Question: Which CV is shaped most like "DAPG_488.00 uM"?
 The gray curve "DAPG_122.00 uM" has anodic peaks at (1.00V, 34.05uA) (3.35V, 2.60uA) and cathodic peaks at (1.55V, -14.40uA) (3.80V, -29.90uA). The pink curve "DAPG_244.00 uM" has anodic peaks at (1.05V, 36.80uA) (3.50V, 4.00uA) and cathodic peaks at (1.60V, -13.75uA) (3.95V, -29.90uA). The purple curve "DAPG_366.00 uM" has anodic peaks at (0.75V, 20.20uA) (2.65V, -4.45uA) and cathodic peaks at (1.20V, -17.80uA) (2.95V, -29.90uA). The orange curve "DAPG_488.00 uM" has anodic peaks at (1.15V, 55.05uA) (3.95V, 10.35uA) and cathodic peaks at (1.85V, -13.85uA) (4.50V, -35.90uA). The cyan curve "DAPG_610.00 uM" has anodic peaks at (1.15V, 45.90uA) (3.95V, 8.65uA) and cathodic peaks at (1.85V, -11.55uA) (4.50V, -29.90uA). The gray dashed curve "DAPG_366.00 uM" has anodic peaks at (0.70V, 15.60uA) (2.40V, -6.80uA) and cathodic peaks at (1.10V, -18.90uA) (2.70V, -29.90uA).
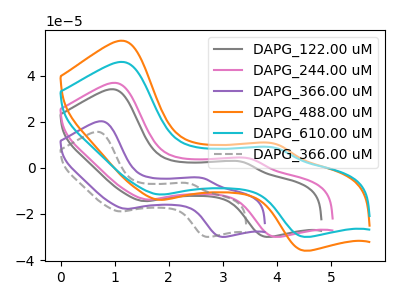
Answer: <think>"DAPG_122.00 uM" and "DAPG_244.00 uM" have at least one peak that do not match. "DAPG_122.00 uM" and "DAPG_366.00 uM" have at least one peak that do not match. "DAPG_122.00 uM" and "DAPG_488.00 uM" have at least one peak that do not match. "DAPG_122.00 uM" and "DAPG_610.00 uM" have at least one peak that do not match. "DAPG_122.00 uM" and "DAPG_366.00 uM" have at least one peak that do not match. "DAPG_244.00 uM" and "DAPG_366.00 uM" have at least one peak that do not match. "DAPG_244.00 uM" and "DAPG_488.00 uM" have at least one peak that do not match. "DAPG_244.00 uM" and "DAPG_610.00 uM" have at least one peak that do not match. "DAPG_244.00 uM" and "DAPG_366.00 uM" have at least one peak that do not match. "DAPG_366.00 uM" and "DAPG_488.00 uM" have at least one peak that do not match. "DAPG_366.00 uM" and "DAPG_610.00 uM" have at least one peak that do not match. "DAPG_366.00 uM" and "DAPG_366.00 uM" have at least one peak that do not match. All the peaks in "DAPG_488.00 uM" have a peak in "DAPG_610.00 uM" at the same potential. Every peak in "DAPG_488.00 uM" is higher than every peak in "DAPG_610.00 uM". "DAPG_488.00 uM" and "DAPG_366.00 uM" have at least one peak that do not match. "DAPG_610.00 uM" and "DAPG_366.00 uM" have at least one peak that do not match.
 </think>
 <answer>The CV with the most similar shape to "DAPG_610.00 uM" is "DAPG_488.00 uM".</answer>
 <eval>"DAPG_488.00 uM"</eval>